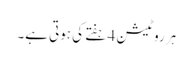
ہر روٹیشن 4 ہفتے کی ہوتی ہے۔